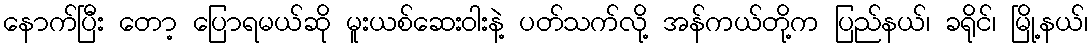
နောက်ပြီး တော့ ပြောရမယ်ဆို မူးယစ်ဆေးဝါးနဲ့ ပတ်သက်လို့ အန်ကယ်တို့က ပြည်နယ်၊ ခရိုင်၊ မြို့နယ်၊